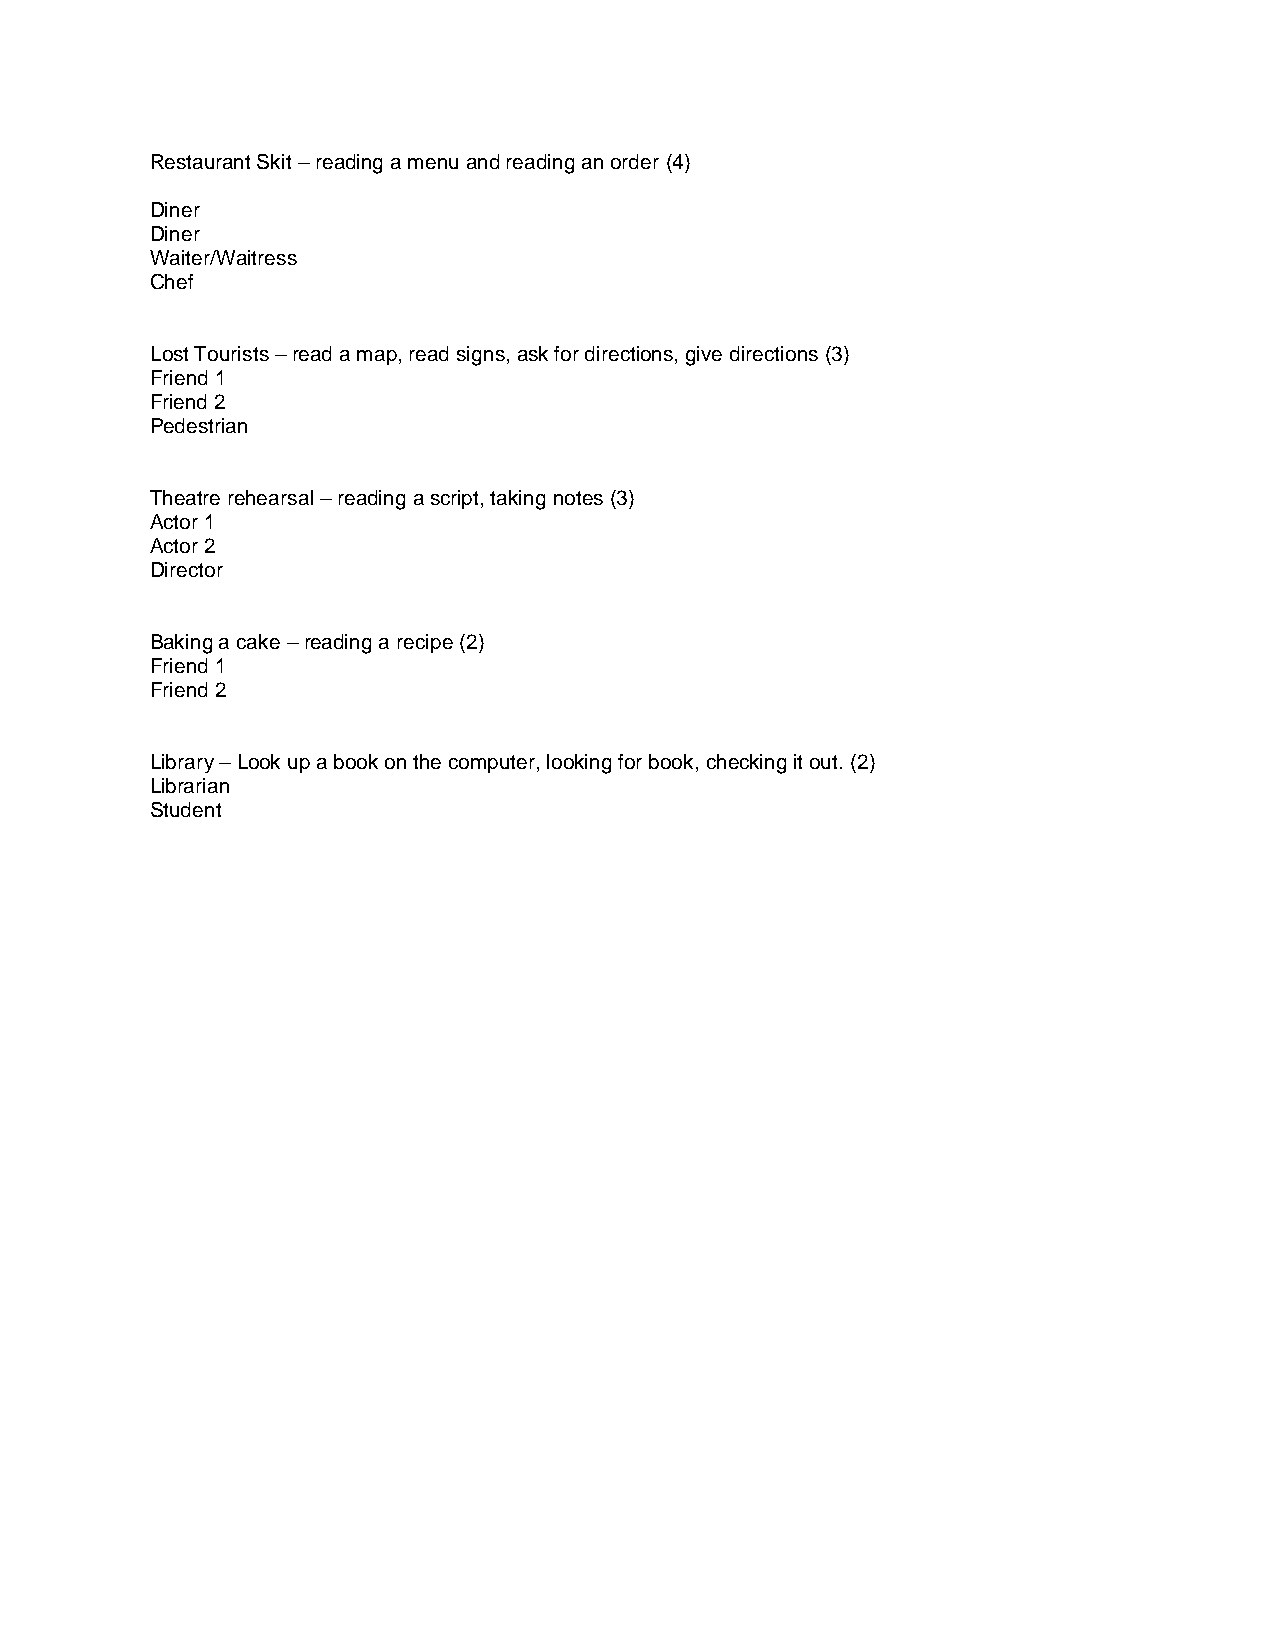
Restaurant Skit – reading a menu and reading an order (4)
 Diner
 Diner
 Waiter/Waitress
 Chef
 Lost Tourists – read a map, read signs, ask for directions, give directions (3)
 Friend 1
 Friend 2
 Pedestrian
 Theatre rehearsal – reading a script, taking notes (3)
 Actor 1
 Actor 2
 Director
 Baking a cake – reading a recipe (2)
 Friend 1
 Friend 2
 Library – Look up a book on the computer, looking for book, checking it out. (2)
 Librarian
 Student